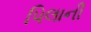
પિલાની